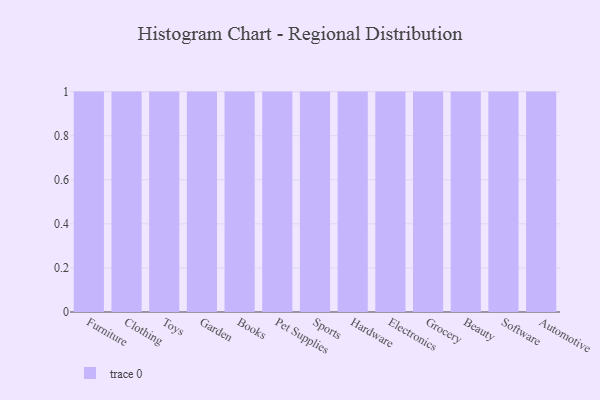
{"axis": {"x": "Category", "y": "Headcount"}, "legend": [""], "data": [{"x": "Furniture", "y": 38, "type": ""}, {"x": "Clothing", "y": 57, "type": ""}, {"x": "Toys", "y": 5, "type": ""}, {"x": "Garden", "y": 93, "type": ""}, {"x": "Books", "y": 45, "type": ""}, {"x": "Pet Supplies", "y": 37, "type": ""}, {"x": "Sports", "y": 64, "type": ""}, {"x": "Hardware", "y": 91, "type": ""}, {"x": "Electronics", "y": 3, "type": ""}, {"x": "Grocery", "y": 11, "type": ""}, {"x": "Beauty", "y": 40, "type": ""}, {"x": "Software", "y": 83, "type": ""}, {"x": "Automotive", "y": 46, "type": ""}]}